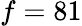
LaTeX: f=81